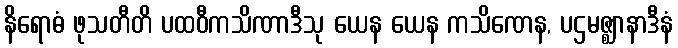
နိရောဓံ ဖုသတီတိ ပထဝီကသိဏာဒီသု ယေန ယေန ကသိဏေန, ပဌမဇ္ဈာနာဒီနံ